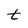
Character: t